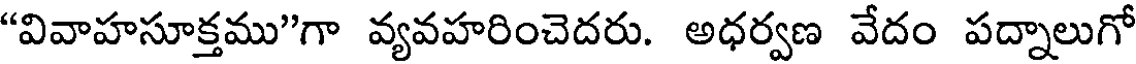
"వివాహసూక్తము"గా వ్యవహరించెదరు. అధర్వణ వేదం పద్నాలుగో